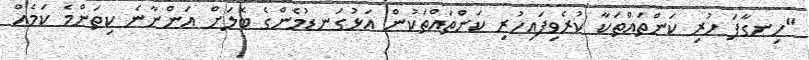
"ހިނގާފަ ހުރި ކަންތައްތަކާ ކުރެވިފައިހުރި ކަންތައްތަކުން އަޅުގަނޑުމެންގެ ބޮލަށް އަންނާނެ ކިތަންމެ ކަމެއް